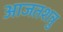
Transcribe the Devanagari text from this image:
आजतशत्रु